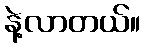
နဲ့လာတယ်။